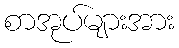
စာအုပ်များအား